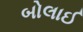
બોલાઈ